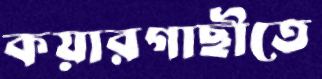
কয়ারগাছীতে